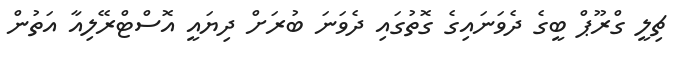
ޗިލީ ގްރޫޕް ބީގެ ދެވަނައިގެ ގޮތުގައި ދެވަނަ ބުރަށް ދިޔައީ އޮސްޓްރޭލިއާ އަތުން